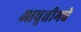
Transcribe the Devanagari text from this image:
आवृत्तीमधे